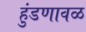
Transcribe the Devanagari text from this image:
हुंडणावळ